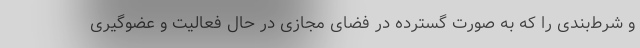
و شرط‌بندی را که به صورت گسترده در فضای مجازی در حال فعالیت و عضوگیری